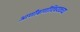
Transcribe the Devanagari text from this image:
आणीबाणीविषयकच्या